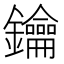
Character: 鑰